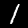
Digit: 1